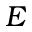
E